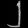
Digit: ၂